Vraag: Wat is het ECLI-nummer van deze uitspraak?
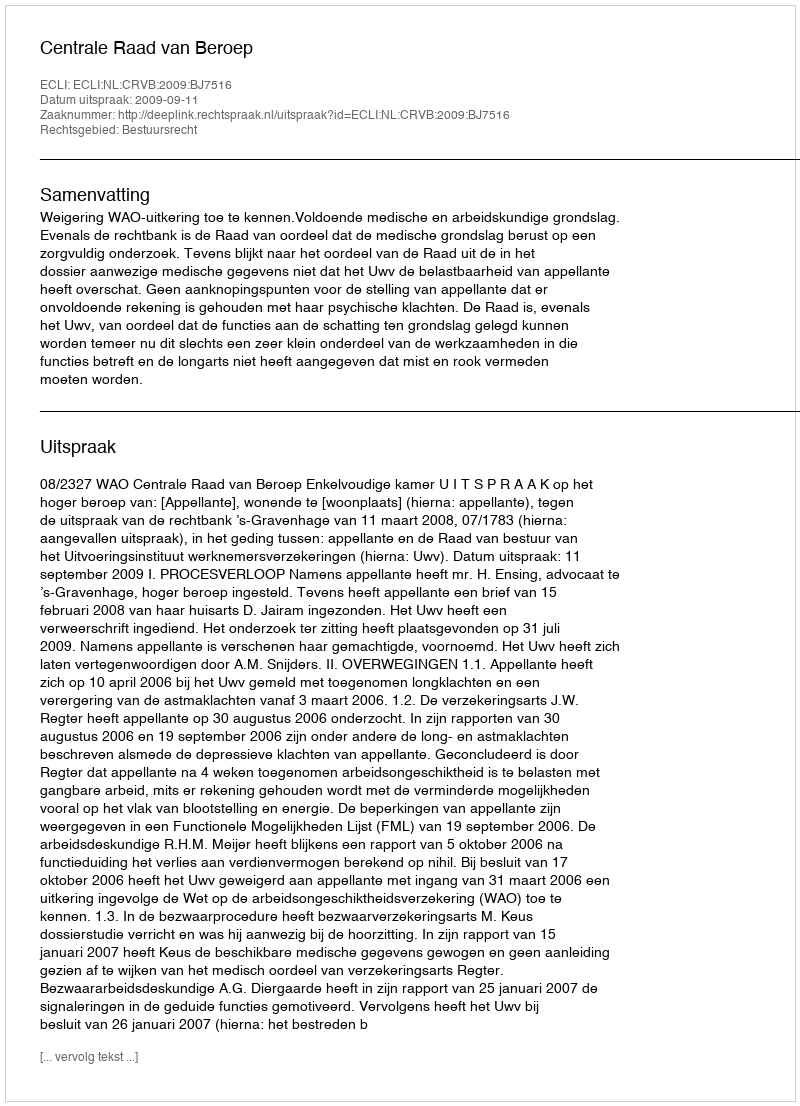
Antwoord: ECLI:NL:CRVB:2009:BJ7516